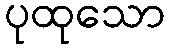
ပုထုသော